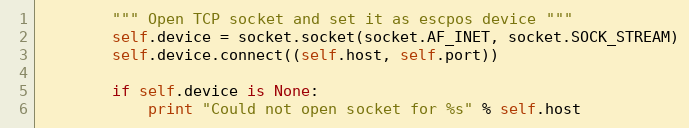
Language: Python
        """ Open TCP socket and set it as escpos device """
        self.device = socket.socket(socket.AF_INET, socket.SOCK_STREAM)
        self.device.connect((self.host, self.port))

        if self.device is None:
            print "Could not open socket for %s" % self.host